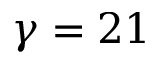
\gamma = 2 1